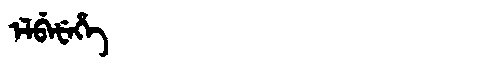
Manchu: ᡝᠯᠪᡝᡶᡝᡥᡝ
Romanization: ELBEFEHE